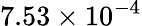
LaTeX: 7.53\times 10^{-4}